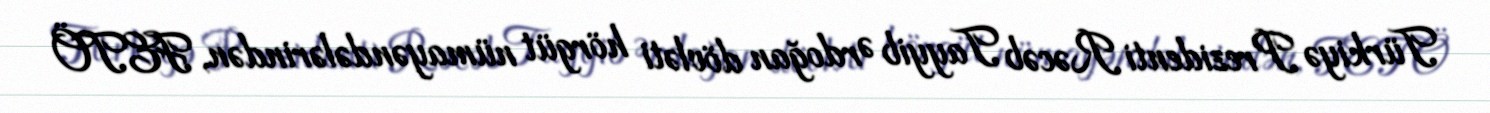
Türkiyə Prezidenti Rəcəb Tayyib Ərdoğan dövləti hörgüt nümayəndələrindən, FETÖ